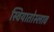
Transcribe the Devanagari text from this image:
स्वियातोस्लाव